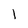
Character: l